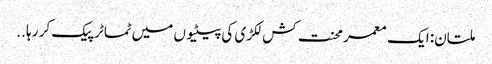
ملتان: ایک معمر محنت کش لکڑی کی پیٹیوں میں ٹماٹر پیک کر رہا ..